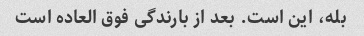
بله، این است. بعد از بارندگی فوق العاده است